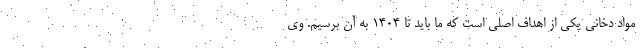
مواد دخانی یکی از اهداف اصلی است که ما باید تا ۱۴۰۴ به آن برسیم. وی